Report on horse surra - Volume I
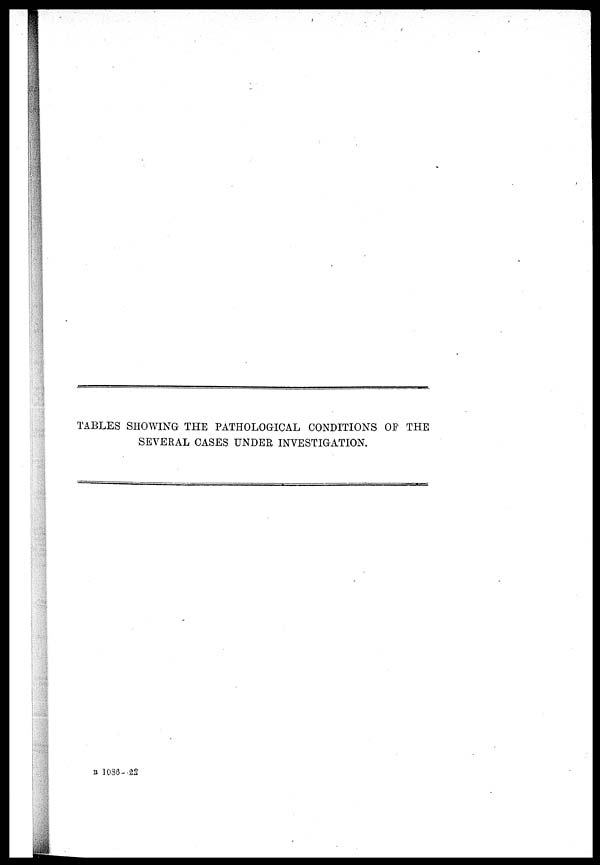
TABLES SHOWING THE PATHOLOGICAL CONDITIONS OF THE
SEVERAL CASES UNDER INVESTIGATION.
B 1086-22